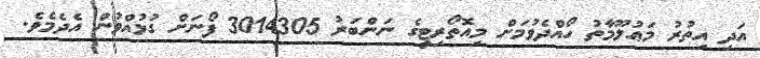
އަދި އިތުރު މަޢުލޫމާތު ހޯއްދެވުމަށް މިއޮތޯރިޓީގެ ނަންބަރު 3014305 ފޯނަށް ގުޅުއްވުން އެދެމެވެ.